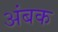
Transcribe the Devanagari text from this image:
अंबक